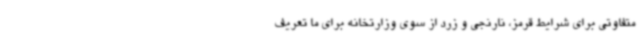
متفاوتی برای شرایط قرمز، نارنجی و زرد از سوی وزارتخانه برای ما تعریف